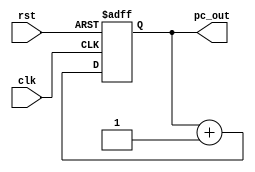
module PC(
	clk, 			//clock da memoria	
	rst, 			//sinal de reset
	pc_out		//output do contador
	);

	//----- Portas In -----

	input clk, rst;
	
	//----- Portas Out -----
	
	output [9:0] pc_out; // A mempria de programa possui 1kword logo 2^10 = 1024
	
	//----- Registro -----
	
	reg [9:0] reg_pc; // A mempria de programa possui 1kword logo 2^10 = 1024

	//----- Cdigo -----
	
	always@(posedge clk or posedge rst)
	begin 
		if(rst)
			reg_pc <= 0; 	
		else
			reg_pc <= reg_pc + 1'b1; //Anda um endereo a cada clock
	end

	assign pc_out = reg_pc;

endmodule